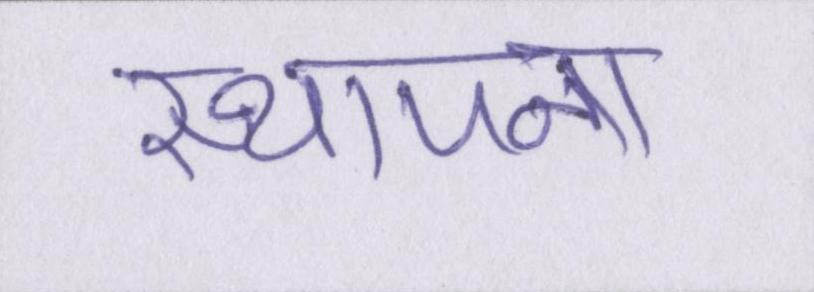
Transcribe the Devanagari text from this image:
स्थापना